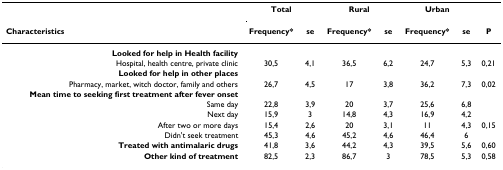
|  | <COLSPAN=2> Total | <COLSPAN=2> Rural | <COLSPAN=2> Urban |  |
 | Characteristics | Frequency* | se | Frequency* | se | Frequency* | se | P |
 | --- | --- | --- | --- | --- | --- | --- | --- |
 | Looked for help in Health facility |  |  |  |  |  |  |  |
 | Hospital, health centre, private clinic | 30,5 | 4,1 | 36,5 | 6,2 | 24,7 | 5,3 | 0,21 |
 | Looked for help in other places |  |  |  |  |  |  |  |
 | Pharmacy, market, witch doctor, family and others | 26,7 | 4,5 | 17 | 3,8 | 36,2 | 7,3 | 0,02 |
 | Mean time to seeking first treatment after fever onset |  |  |  |  |  |  |  |
 | Same day | 22,8 | 3,9 | 20 | 3,7 | 25,6 | 6,8 |  |
 | Next day | 15,9 | 3 | 14,8 | 4,3 | 16,9 | 4,2 |  |
 | After two or more days | 15,4 | 2,6 | 20 | 3,1 | 11 | 4,3 | 0,15 |
 | Didn't seek treatment | 45,3 | 4,6 | 45,2 | 4,6 | 46,4 | 6 |  |
 | Treated with antimalaric drugs | 41,8 | 3,6 | 44,2 | 4,3 | 39,5 | 5,6 | 0,60 |
 | Other kind of treatment | 82,5 | 2,3 | 86,7 | 3 | 78,5 | 5,3 | 0,58 |